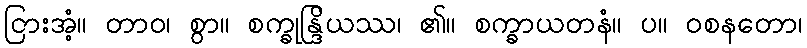
ငြားအံ့။ တာဝ၊ စွာ။ စက္ခုန္ဒြိယဿ၊ ၏။ စက္ခာယတနံ။ ပ။ ဝစနတော၊